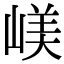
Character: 嵄